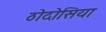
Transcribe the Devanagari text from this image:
ठोदोसिया